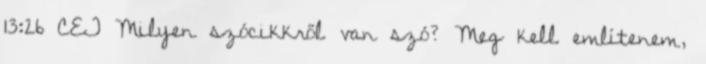
13:26 CET Milyen szócikkről van szó? Meg kell említenem,